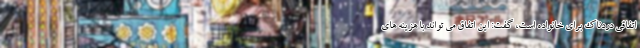
اتفاقی دردناک برای خانواده است، گفت: این اتفاق می تواند با هزینه های